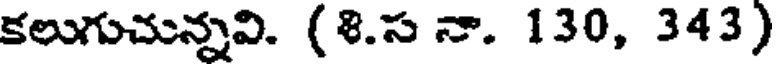
కలుగుచున్నవి. (8.స నా. 130, 343)